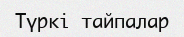
Түркі тайпалар